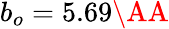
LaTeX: b_{o}=5.69\AA